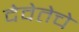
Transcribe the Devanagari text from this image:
देवेतेचे